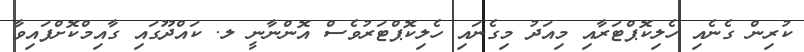
ކުރިން ގެނެއި ހެލިކޮޕްޓަރާއި މިއަދު މިގެނައި ހެލިކޮޕްޓަރުވެސް އޮންނާނީ ލ. ކައްދޫގައި ގާއިމްކޮށްފައިވާ